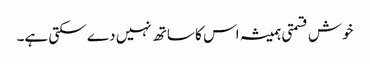
خوش قسمتی ہمیشہ اس کا ساتھ نہیں دے سکتی ہے۔